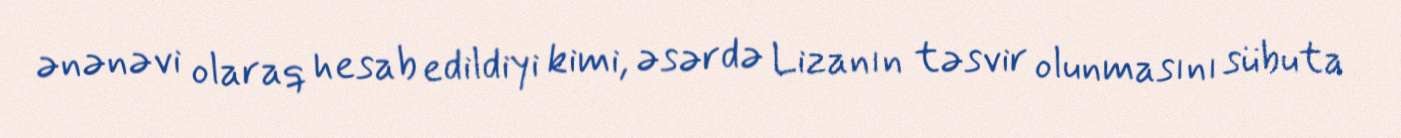
ənənəvi olaraq hesab edildiyi kimi, əsərdə Lizanın təsvir olunmasını sübuta